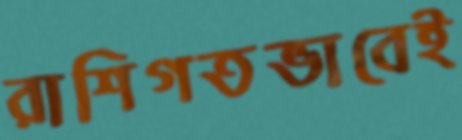
রাশিগতভাবেই